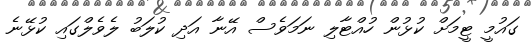
ގައުމީ ޓީމަށް ކުޅުން ހުއްޓާލި ނަމަވެސް އޭނާ އަދި ކުލަބު ލެވެލްގައި ކުޅޭނެ